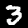
Digit: 3